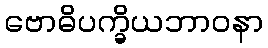
ဗောဓိပက္ခိယဘာဝနာ